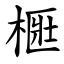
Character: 㮜